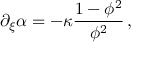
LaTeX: \partial _ { \xi } \alpha = - \kappa \frac { 1 - \phi ^ { 2 } } { \phi ^ { 2 } } \, ,